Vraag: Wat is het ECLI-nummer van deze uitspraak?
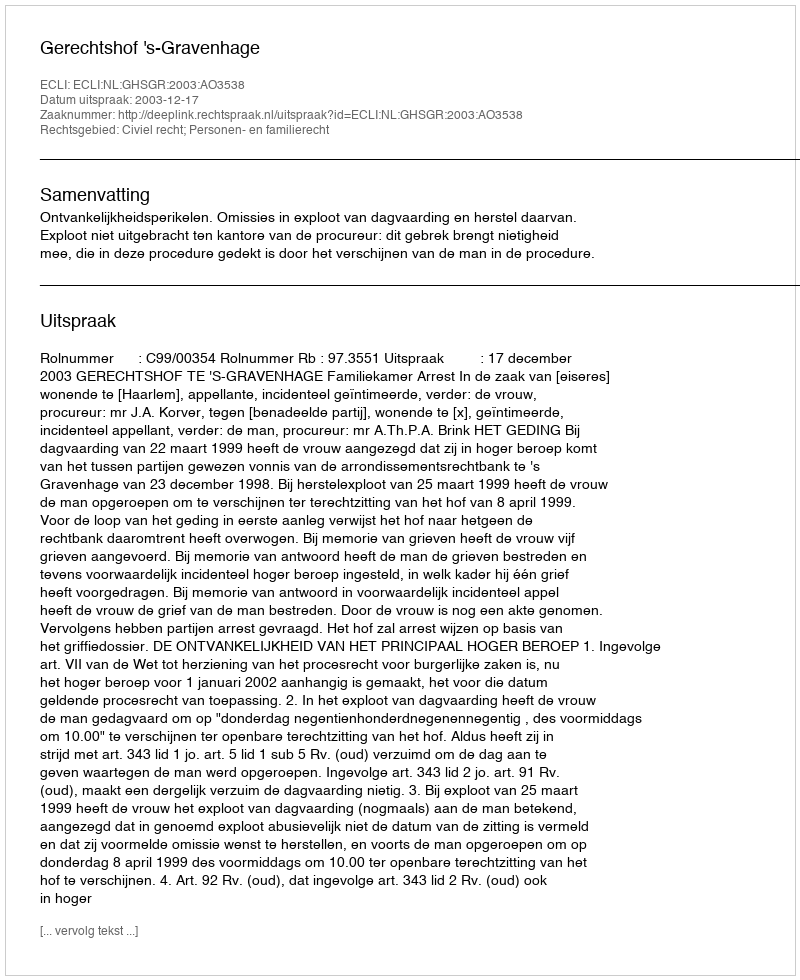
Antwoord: ECLI:NL:GHSGR:2003:AO3538